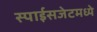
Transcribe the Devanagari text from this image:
स्पाईसजेटमध्ये